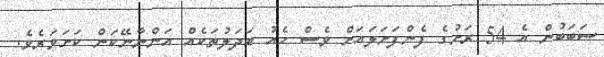
ސަބަބުން އެ 54 ރަށުގެ ފެންފަށަލައަށް ވެސް ހެއު ބަދަލުތަކެއް އަންނާނޭކަން ކަށަވަރެވެ.